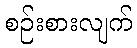
စဉ်းစားလျက်